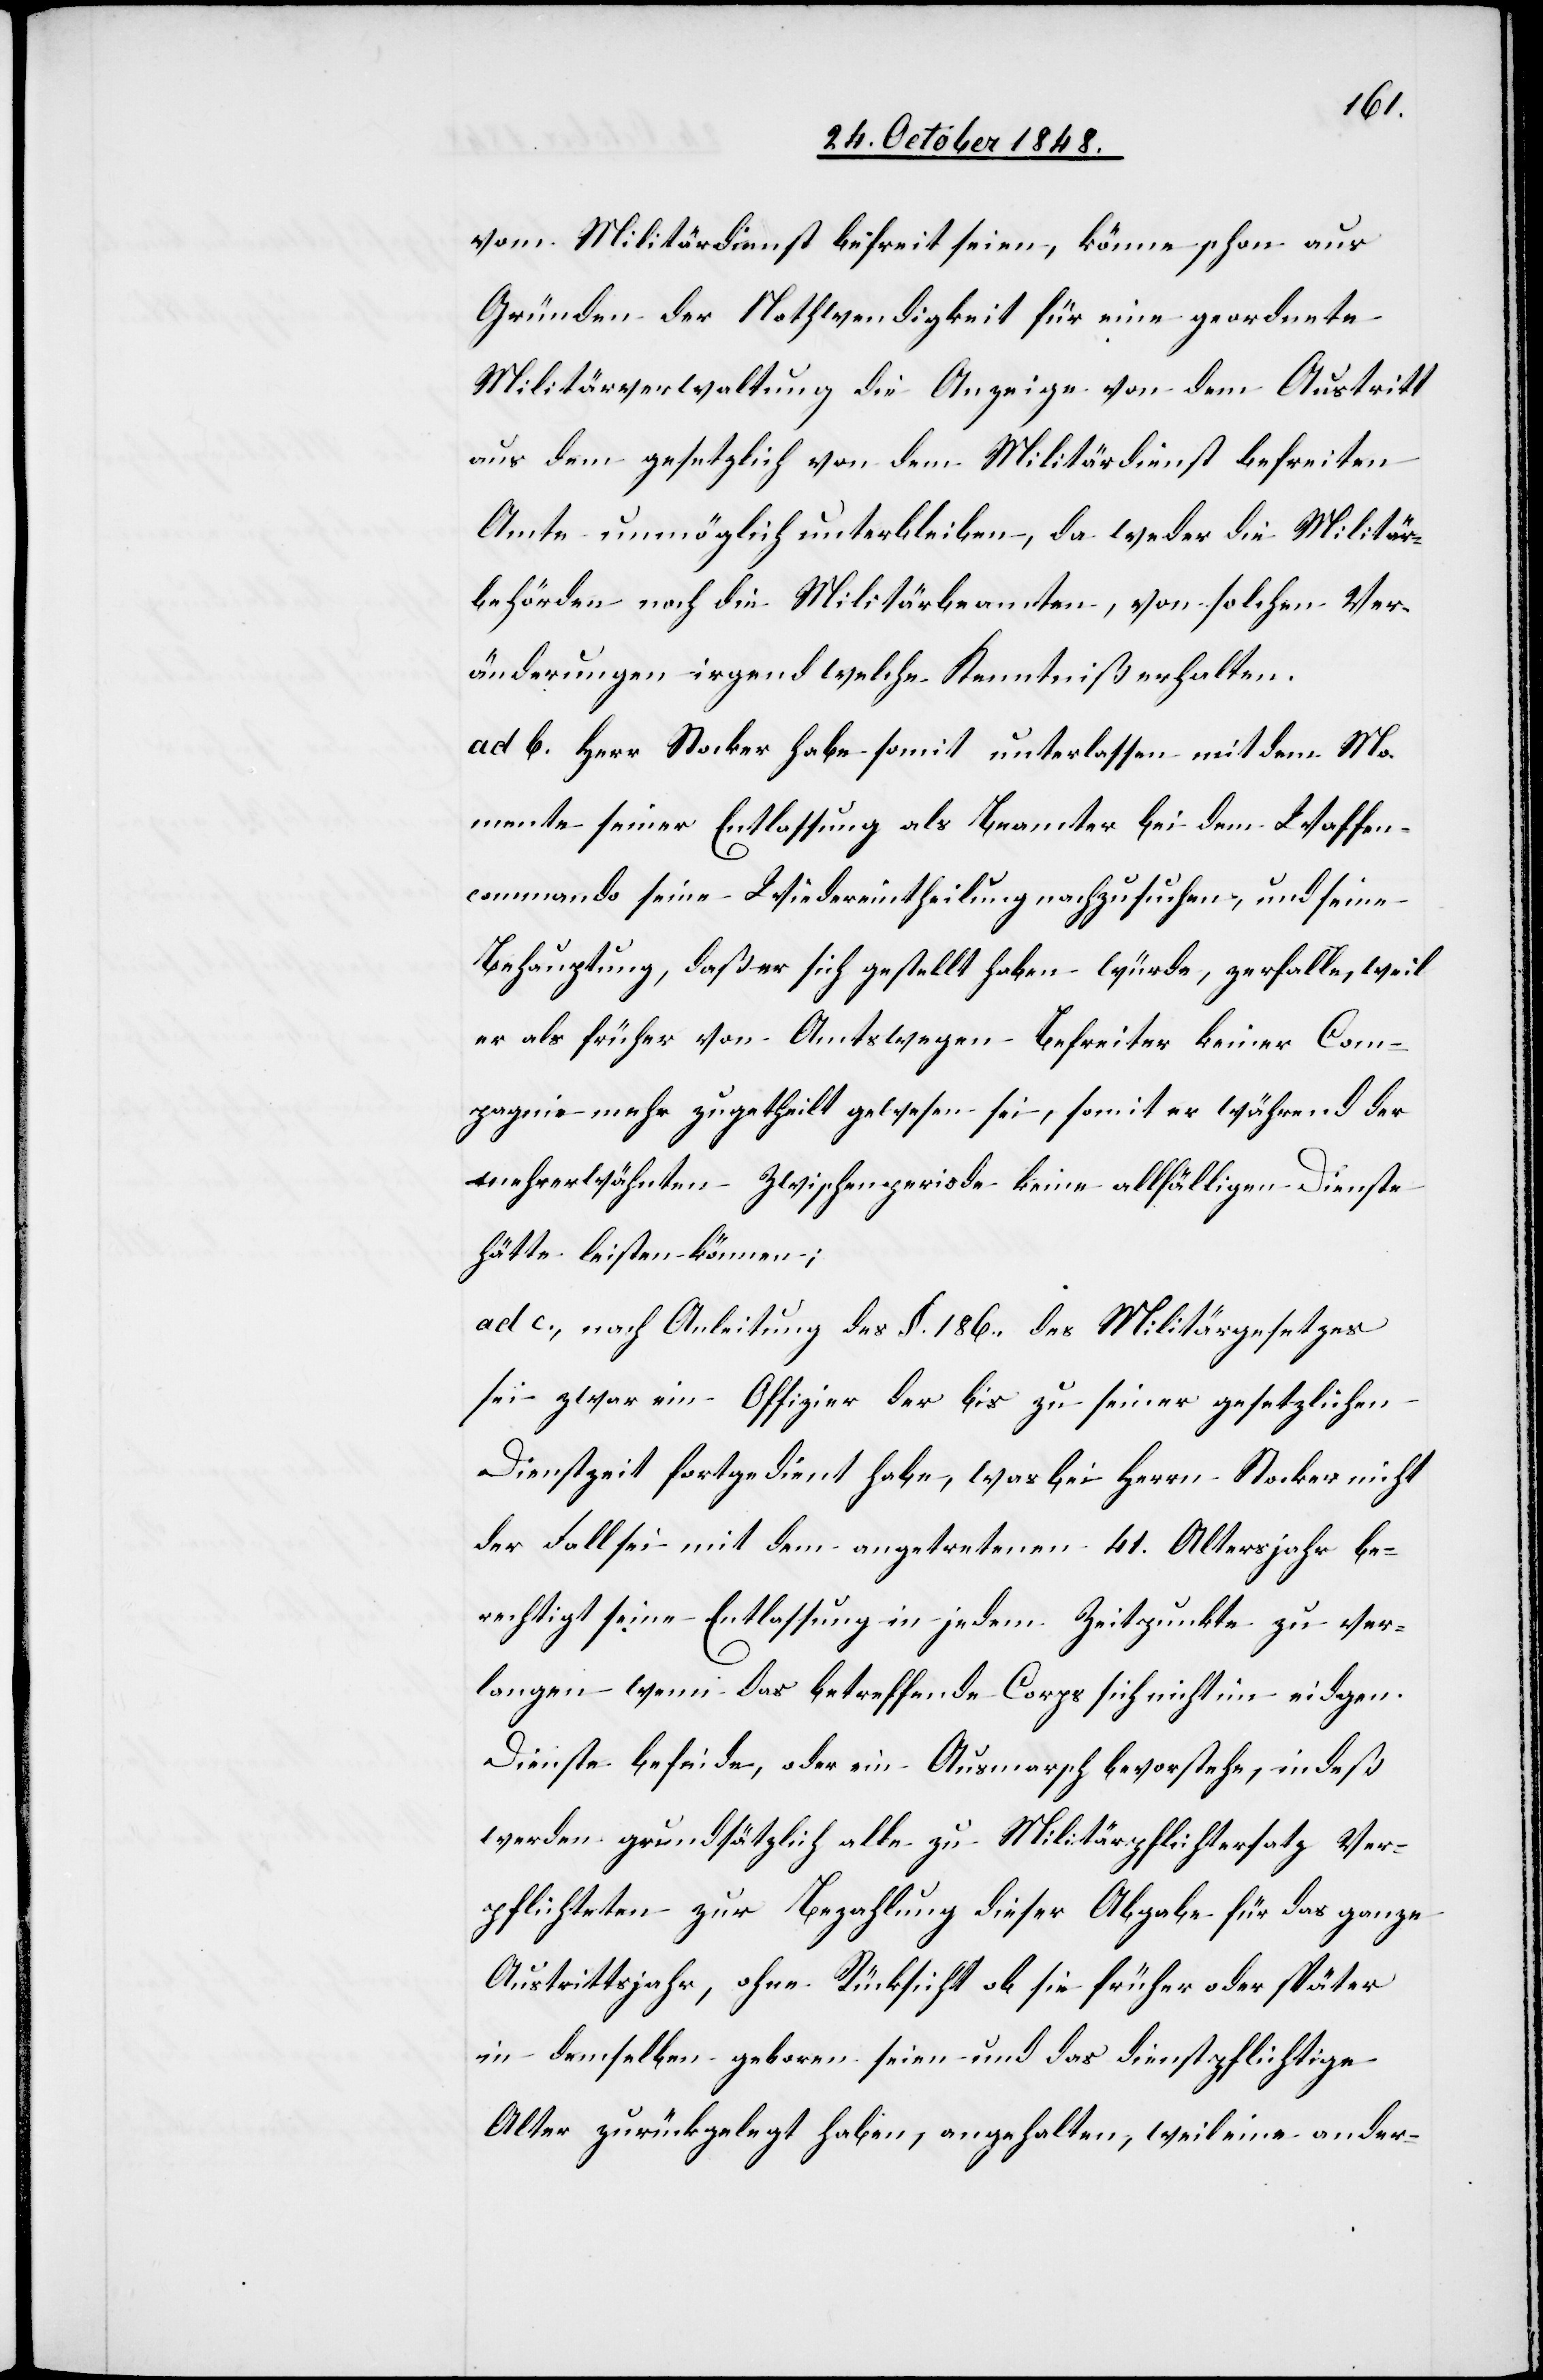
vom Militärdienst befreit seien, könne schon aus
Gründen der Nothwendigkeit für eine geordnete
Militärverwaltung die Anzeige von dem Austritt
aus dem gesetzlich von dem Militärdienst befreiten
Amte unmöglich unterblieben, da weder die Militär¬
behörden noch die Militärbeamteten, von solchen Ver¬
änderungen irgend welche Kenntniß erhalten.
ad. b. Herr Stocker habe somit unterlassen mit dem Mo¬
mente seiner Entlassung als Beamter bei dem Waffen¬
commando seine Wiedereintheilung nachzusuchen, und seine
Behauptung, daß er sich gestellt haben würde, zerfalle, weil
er als früher von Amtswegen Befreiter keiner Com¬
pagnie mehr zugetheilt gewesen sei, somit er während der
mehrerwähnten Zwischenperiode keine allfälligen Dienste
hätte leisten können;
ad c. nach Anleitung des §. 186. des Militärgesetzes
sei zwar ein Offizier der bis zu seiner gesetzlichen
Dienstzeit fortgedient habe, was bei Herrn Stocker nicht
der Fall sei, mit dem angetretenen 41. Altersjahr be¬
rechtigt seine Entlassung in jedem Zeitpunkte zu ver¬
langen wenn das betreffende Corps sich nicht im eidgen.
Dienste befinde, oder ein Ausmarsch bevorstehe, indeß
werden grundsätzlich alle zu Militärpflichtersatz Ver¬
pflichteten zur Bezahlung dieser Abgabe für das ganze
Austrittsjahr, ohne Rücksicht ob sie früher oder später
in demselben geboren seien und das dienstpflichtige
Alter zurückgelegt haben, angehalten, weil eine ander-